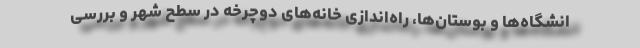
انشگاه‌ها و بوستان‌ها، راه‌اندازی خانه‌های دوچرخه در سطح شهر و بررسی